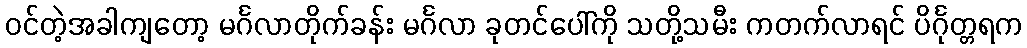
ဝင်တဲ့အခါကျတော့ မင်္ဂလာတိုက်ခန်း မင်္ဂလာ ခုတင်ပေါ်ကို သတို့သမီး ကတက်လာရင် ပိင်္ဂုတ္တရက